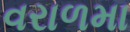
વરાળમા